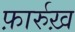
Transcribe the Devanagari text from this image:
फ़ार्रुख़